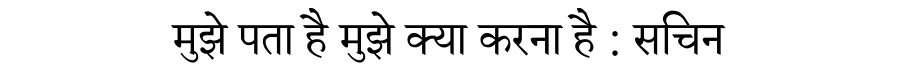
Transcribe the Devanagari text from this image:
मुझे पता है मुझे क्या करना है : सचिन